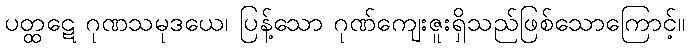
ပတ္ထဋေ ဂုဏသမုဒယေ၊ ပြန့်သော ဂုဏ်ကျေးဇူးရှိသည်ဖြစ်သောကြောင့်။